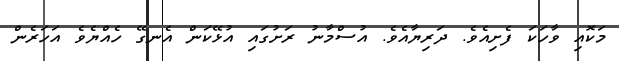
މަކޮއި ވާހަކަ ފެށިއެވެ. ދަރިޔާއެވެ. އުސްމާނު ރަށުގައި އުޅޭކަން އެނގޭ ހެއްޔެވެ އަހަރެން